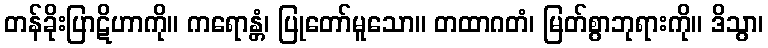
တန်ခိုးပြာဋိဟာကို။ ကရောန္တံ၊ ပြုတော်မူသော။ တထာဂတံ၊ မြတ်စွာဘုရားကို။ ဒိသွာ၊